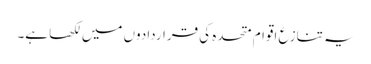
یہ تنازع اقوام متحدہ کی قراردادوں میں لکھا ہے۔